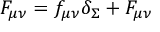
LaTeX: { \cal F } _ { \mu \nu } = f _ { \mu \nu } \delta _ { \Sigma } + F _ { \mu \nu }